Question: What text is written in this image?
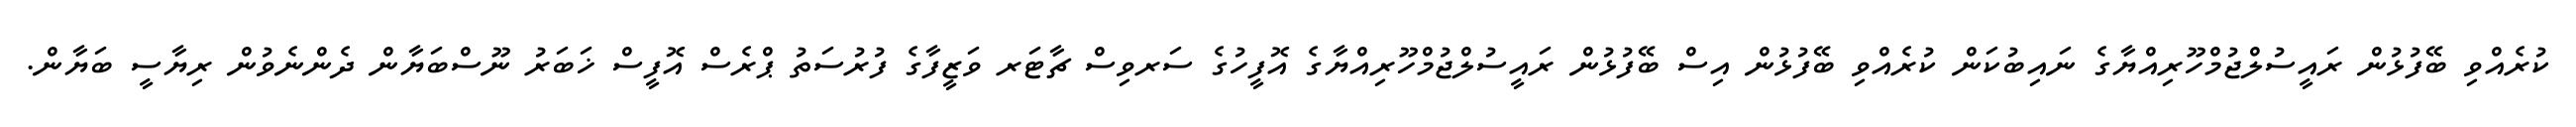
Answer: ކުރެއްވި ބޭފުޅުން ރައީސުލްޖުމްހޫރިއްޔާގެ ނައިބުކަން ކުރެއްވި ބޭފުޅުން އިސް ބޭފުޅުން ރައީސުލްޖުމްހޫރިއްޔާގެ އޮފީހުގެ ސަރވިސް ޗާޓަރ ވަޒީފާގެ ފުރުސަތު ޕްރެސް އޮފީސް ޚަބަރު ނޫސްބަޔާން ދެންނެވުން ރިޔާސީ ބަޔާން.